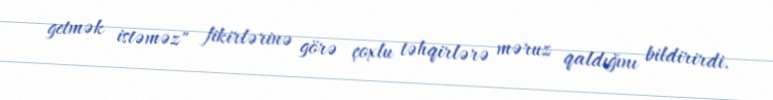
getmək istəməz" fikirlərinə görə çoxlu təhqirlərə məruz qaldığını bildirirdi.